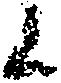
候